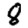
Digit: 8